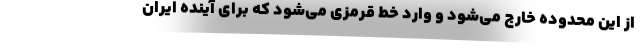
از این محدوده خارج می‌شود و وارد خط قرمزی می‌شود که برای آینده ایران